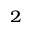
^ 2